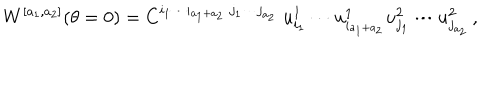
LaTeX: W ^ { [ a _ { 1 } , a _ { 2 } ] } ( \theta = 0 ) = C ^ { i _ { 1 } \cdots i _ { a _ { 1 } + a _ { 2 } } \; j _ { 1 } \cdots j _ { a _ { 2 } } } \; u _ { i _ { 1 } } ^ { 1 } \cdots u _ { i _ { a _ { 1 } + a _ { 2 } } } ^ { 1 } u _ { j _ { 1 } } ^ { 2 } \cdots u _ { j _ { a _ { 2 } } } ^ { 2 } \, ,